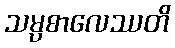
သမ္ပစာလေဿတိ